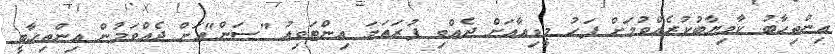
އިންތިހާބު ކާމިޔާބުކުރެއްވުމަށް ފަހު މީޑިއާއަށް ދެއްވި ފުރަތަމަ އިންޓަވިއު "ސަން"އަށް ދެއްވަމުން އިންތިހާބީ